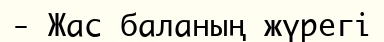
- Жас баланың жүрегі